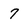
Character: 7